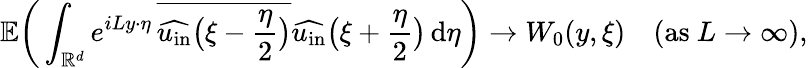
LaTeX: \mathbb{E}\bigg(\int_{\mathbb{R}^{d}}e^{iLy\cdot\eta}\, \overline{{\widehat{u_{\mathrm{in}}}\big(\xi-\frac{\eta}{2}\big)}}\widehat{u_{\mathrm{in}}}\big(\xi+\frac{\eta}{2}\big)\, \mathrm{d}\eta\bigg)\to W_{0}(y,\xi)\quad(\mathrm{as\ }L\to\infty),